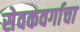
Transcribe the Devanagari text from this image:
सेवकवर्गाचा